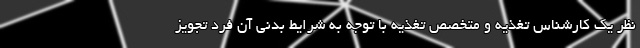
نظر یک کارشناس تغذیه و متخصص تغذیه با توجه به شرایط بدنی آن فرد تجویز